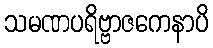
သမဏပရိဗ္ဗာဇကေနာပိ